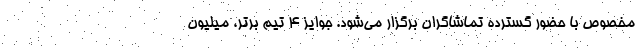
مخصوص با حضور گسترده تماشاگران برگزار می‌شود. جوایز ۴ تیم برتر، میلیون